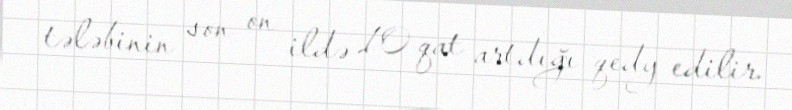
tələbinin son on ildə 10 qat artdığı qedy edilir.